Indian journal of veterinary science and animal husbandry - Volume 13,
Year: 1943
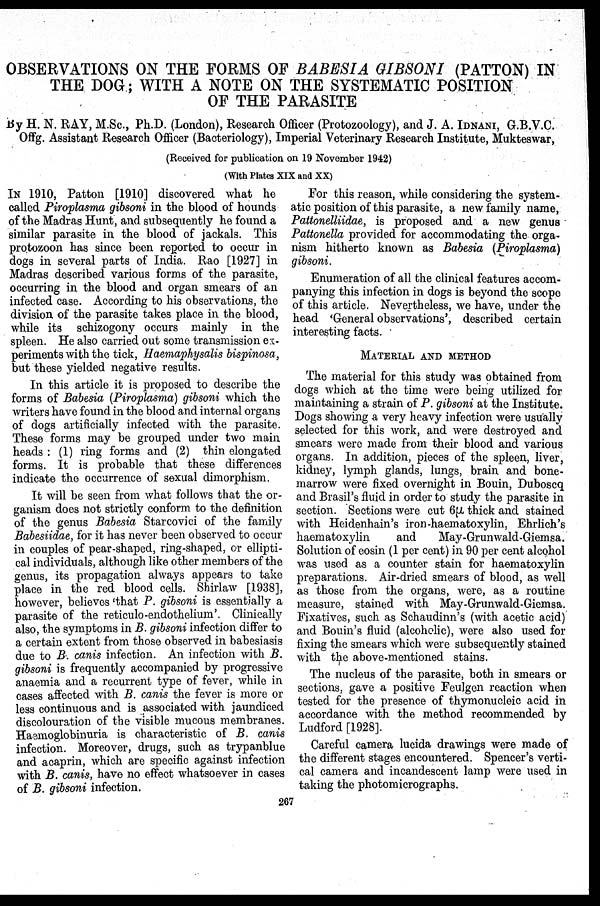
OBSERVATIONS ON THE FORMS OF BABESIA GIBSONI (PATTON) IN
THE DOG; WITH A NOTE ON THE SYSTEMATIC POSITION
OF THE PARASITE
By H. N. RAY, M.Sc., Ph.D. (London), Research Officer (Protozoology), and J. A. IDNANI, G.B.V.C.
Offg. Assistant Research Officer (Bacteriology), Imperial Veterinary Research Institute, Mukteswar,
(Received for publication on 19 November 1942)
(With Plates XIX and XX)
IN 1910, Patton [1910] discovered what he
called Piroplasma gibsoni in the blood of hounds
of the Madras Hunt, and subsequently he found a
similar parasite in the blood of jackals. This
protozoon has since been reported to occur in
dogs in several parts of India. Rao [1927] in
Madras described various forms of the parasite,
occurring in the blood and organ smears of an
infected case. According to his observations, the
division of the parasite takes place in the blood,
while its schizogony occurs mainly in the
spleen. He also carried out some transmission ex-
periments with the tick, Haemaphysalis bispinosa,
but these yielded negative results.
In this article it is proposed to describe the
forms of Babesia (Piroplasma) gibsoni which the
writers have found in the blood and internal organs
of dogs artificially infected with the parasite.
These forms may be grouped under two main
heads: (1) ring forms and (2) thin elongated
forms. It is probable that these differences
indicate the occurrence of sexual dimorphism.
It will be seen from what follows that the or-
ganism does not strictly conform to the definition
of the genus Babesia Starcovici of the family
Babesiidae, for it has never been observed to occur
in couples of pear-shaped, ring-shaped, or ellipti-
cal individuals, although like other members of the
genus, its propagation always appears to take
place in the red blood cells. Shirlaw [1938],
however, believes 'that P. gibsoni is essentially a
parasite of the reticulo-endothelium'. Clinically
also, the symptoms in B. gibsoni infection differ to
a certain extent from those observed in babesiasis
due to B. canis infection. An infection with B.
gibsoni is frequently accompanied by progressive
anaemia and a recurrent type of fever, while in
cases affected with B. canis the fever is more or
less continuous and is associated with jaundiced
discolouration of the visible mucous membranes.
Haemoglobinuria is characteristic of B. canis
infection. Moreover, drugs, such as trypanblue
and acaprin, which are specific against infection
with B. canis, have no effect whatsoever in cases
of B. gibsoni infection.
For this reason, while considering the system-
atic position of this parasite, a new family name,
Pattonelliidae, is proposed and a new genus
Pattonella provided for accommodating the orga-
nism hitherto known as Babesia (Piroplasma)
gibsoni.
Enumeration of all the clinical features accom-
panying this infection in dogs is beyond the scope
of this article. Nevertheless, we have, under the
head 'General observations', described certain
interesting facts.
MATERIAL AND METHOD
The material for this study was obtained from
dogs which at the time were being utilized for
maintaining a strain of P. gibsoni at the Institute.
Dogs showing a very heavy infection were usually
selected for this work, and were destroyed and
smears were made from their blood and various
organs. In addition, pieces of the spleen, liver,
kidney, lymph glands, lungs, brain and bone-
marrow were fixed overnight in Bouin, Duboscq
and Brasil's fluid in order to study the parasite in
section. Sections were cut 6µ thick and stained
with Heidenhain's iron-haematoxylin, Ehrlich's
haematoxylin
and
May-Grunwald-Giemsa.
Solution of eosin (1 per cent) in 90 per cent alcohol
was used as a counter stain for haematoxylin
preparations. Air-dried smears of blood, as well
as those from the organs, were, as a routine
measure, stained with May-Grunwald-Giemsa.
Fixatives, such as Schaudinn's (with acetic acid)
and Bouin's fluid (alcoholic), were also used for
fixing the smears which were subsequently stained
with the above-mentioned stains.
The nucleus of the parasite, both in smears or
sections, gave a positive Feulgen reaction when
tested for the presence of thymonucleic acid in
accordance with the method recommended by
Ludford [1928].
Careful camera lucida drawings were made of
the different stages encountered. Spencer's verti-
cal camera and incandescent lamp were used in
taking the photomicrographs.
267